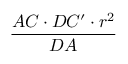
\frac { A C \cdot D C ^ { \prime } \cdot r ^ { 2 } } { D A }